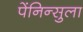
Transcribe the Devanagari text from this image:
पेंनिन्सुला